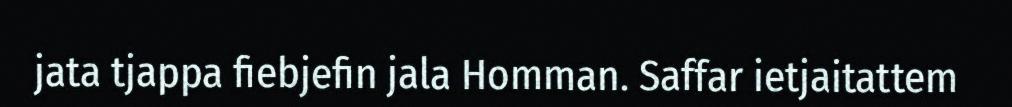
jata tjappa fiebjefin jala Homman. Saffar ietjaitattem